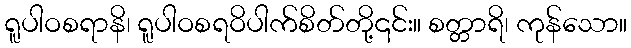
ရူပါဝစရာနိ၊ ရူပါဝစရဝိပါက်စိတ်တို့၎င်း။ စတ္တာရိ၊ ကုန်သော။